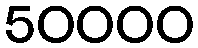
50000